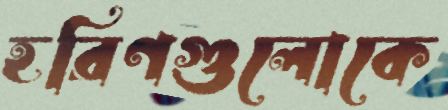
হরিণগুলোকে